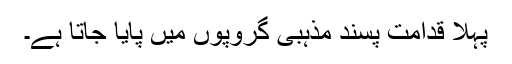
پہلا قدامت پسند مذہبی گروپوں میں پایا جاتا ہے۔